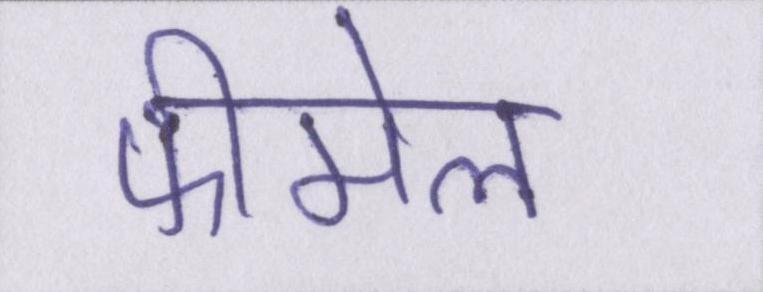
फीमेल